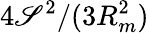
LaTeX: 4\mathscr{S}^{2}/(3R_{m}^{2})